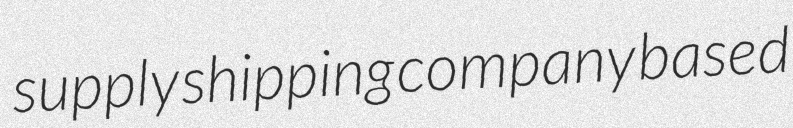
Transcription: supply shipping company based